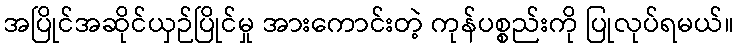
အပြိုင်အဆိုင်ယှဉ်ပြိုင်မှု အားကောင်းတဲ့ ကုန်ပစ္စည်းကို ပြုလုပ်ရမယ်။